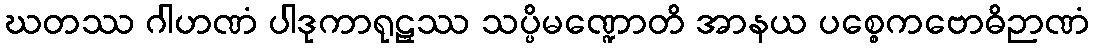
ဃတဿ ဂါဟဏံ ပါဒုကာရုဠှဿ သပ္ပိမဏ္ဍောတိ အာနယ ပစ္စေကဗောဓိဉာဏံ